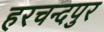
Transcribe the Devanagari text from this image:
हरचन्दपुर